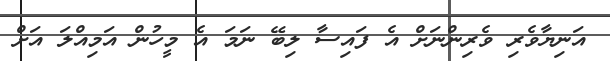
އަނިޔާވެރި ވެރިންނަށް އެ ފައިސާ ލިބޭ ނަމަ އެ މީހުން އަމިއްލަ އަށް